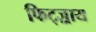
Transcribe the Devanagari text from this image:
फिट्ज़्राय